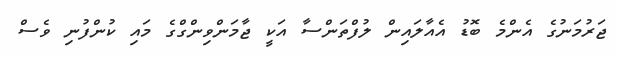
ޖަރުމަނުގެ އެންމެ ބޮޑު އެއާލައިން ލުފްތަންސާ އަކީ ޖާމަންވިންގްގެ މައި ކުންފުނި ވެސް